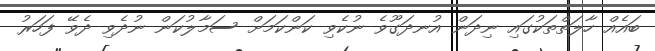
ބައެއް ހާލަތްތަކުގައި ނިދަން އުނދަގޫވެ ނުކެވި ކަންކަމަށް ސަމާލުކަން ނުދެވި ދެވޭ ފަހަރު